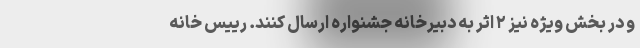
و در بخش ویژه نیز ۲ اثر به دبیرخانه جشنواره ارسال کنند. رییس خانه